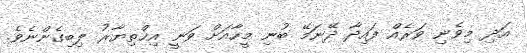
އަދި މިވެނި ވަރެއް ފައިދާ ދޭނަމޭ ބުނި މީހާއަށް ވަނީ އިޚްތިޔާރު ލިބިގެންނެވެ.